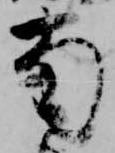
南